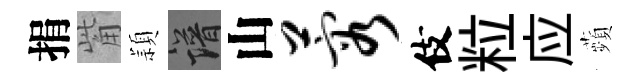
捐觜頴譜山蓉伎粒应蘋